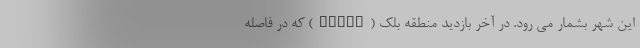
این شهر بشمار می رود. در آخر بازدید منطقه بلك (BELEK) که در فاصله